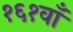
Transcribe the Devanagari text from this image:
१६१वाँ